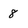
Character: 8